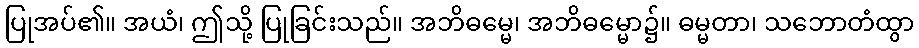
ပြုအပ်၏။ အယံ၊ ဤသို့ ပြုခြင်းသည်။ အဘိဓမ္မေ၊ အဘိဓမ္မော၌။ ဓမ္မတာ၊ သဘောတံထွာ